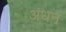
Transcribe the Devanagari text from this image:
अंधन